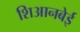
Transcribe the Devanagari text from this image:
शिआनबेई